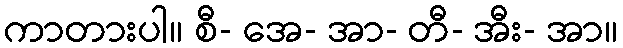
ကာတားပါ။ စီ- အေ- အာ- တီ- အီး- အာ။